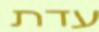
עדת